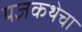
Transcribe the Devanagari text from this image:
यज्ञकथेचा